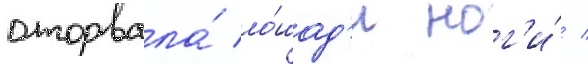
оторвала́ ло́шад'и ног'и́ /